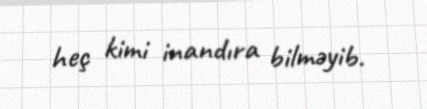
heç kimi inandıra bilməyib.